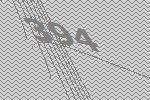
394